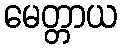
မေတ္တာယ